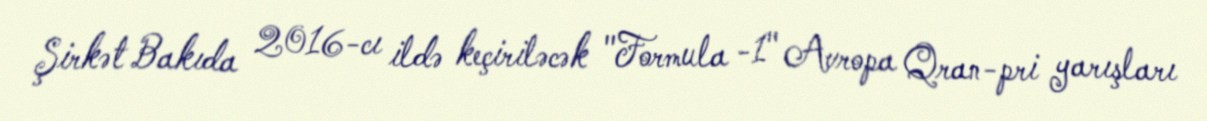
Şirkət Bakıda 2016-cı ildə keçiriləcək "Formula -1" Avropa Qran-pri yarışları